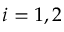
i = 1 , 2